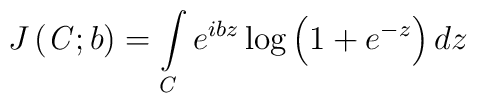
J\left( {\it C};b\right) =\int\limits_{{\it C}}e^{ibz}\log \left(1+e^{-z}\right) dz